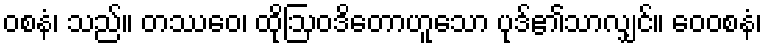
ဝစနံ၊ သည်။ တဿေဝ၊ ထိုဩဝဒိတောဟူသော ပုဒ်၏သာလျှင်။ ဝေဝစနံ၊